Lunatic asylums Punjab 1881-1894 - 1881-1894
Year: 1881
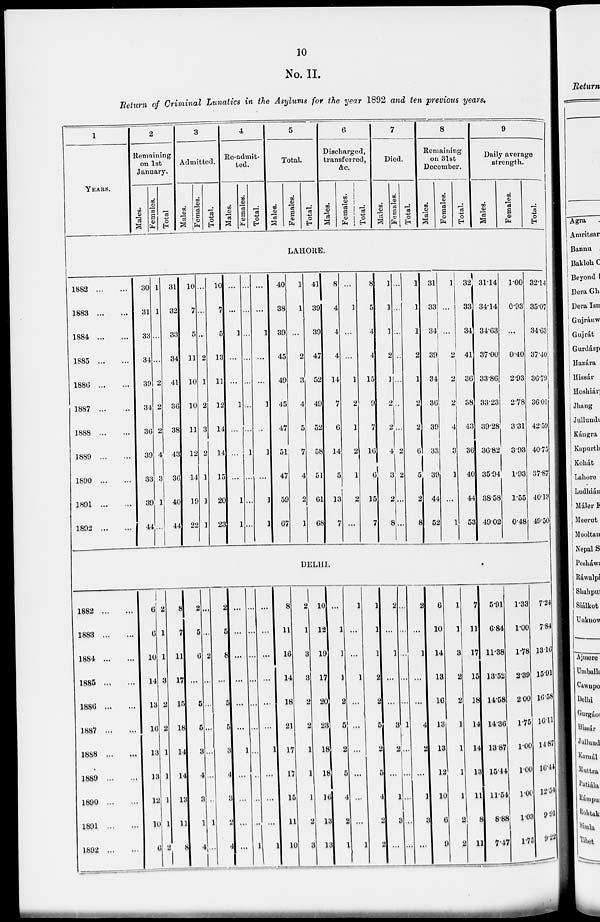
10
No. II.
Return of Criminal Lunatics in the Asylums for the year 1892 and ten previous years.
1
YEARS.
2
Remaining
on 1st
January.
Males.
Females.
Total.
3
Admitted.
Males.
Females.
Total.
4
Re-admit-
ted.
Males.
Females.
Total.
5
Total.
Males.
Females.
Total.
6
Discharged,
transferred,
&c.
Males.
Females.
Total.
7
Died.
Males.
Females.
Total.
8
Remaining
on 31st
December.
Males.
Females.
Total.
9
Daily average
strength.
Males.
Females.
Total.
LAHORE.
1882
...
...
1883
...
...
1884
...
...
1885
...
...
1886
...
...
1887
...
...
1888
...
...
1889
...
...
1890
...
...
1891
...
...
1892
...
...
30
31
33
34
39
34
36
39
33
39
44
1
1
...
...
2
2
2
4
3
1
...
31
32
33
34
41
36
38
43
36
40
44
10
7
5
11
10
10
11
12
14
19
22
...
...
...
2
1
2
3
2
1
1
1
10
7
5
13
11
12
14
14
15
20
23
...
...
1
...
...
1
...
...
...
1
1
...
...
...
...
...
...
...
1
...
...
...
...
...
1
...
...
1
...
1
...
1
1
40
38
39
45
49
45
47
51
47
59
67
1
1
...
2
3
4
5
7
4
2
1
41
39
39
47
52
49
52
58
51
61
68
8
4
4
4
14
7
6
14
5
13
7
...
1
...
...
1
2
1
2
1
2
...
8
5
4
4
15
9
7
16
6
15
7
1
1
1
2
1
2
2
4
3
2
8
...
...
...
...
...
...
...
2
2
...
...
1
1
1
2
1
2
2
6
5
2
8
31
33
34
39
34
36
39
33
39
44
52
1
...
...
2
2
2
4
3
1
...
1
32
33
34
41
36
38
43
36
40
44
53
31.14
34.14
34.63
37.00
33.86
33.23
39.28
36.82
35.94
38.58
49.02
1.00
0.93
...
0.40
2.93
2.78
3.31
3.93
1.93
1.55
0.48
32.14
35.07
34.63
37.40
36.79
36.01
42.59
40.75
37.87
40.13
49.50
DELHI.
1882
...
...
1883
...
...
1884
...
...
1885
...
...
1886
...
...
1887
...
...
1888
...
...
1889
...
...
1890
...
...
1891
...
...
1892
...
...
6
6
10
14
13
16
13
13
12
10
6
2
1
1
3
2
2
1
1
1
1
2
8
7
11
17
15
18
14
14
13
11
8
2
5
6
...
5
5
3
4
3
1
4
...
...
2
...
...
...
...
...
...
1
...
2
5
8
...
5
5
3
4
3
2
4
...
...
...
...
...
...
1
...
...
...
...
...
...
...
...
...
...
...
...
...
...
1
...
...
...
...
...
...
1
...
...
...
1
8
11
16
14
18
21
17
17
15
11
10
2
1
3
3
2
2
1
1
1
2
3
10
12
19
17
20
23
18
18
16
13
13
...
1
1
1
2
5
2
5
4
2
1
1
...
...
1
...
...
...
...
...
...
1
1
1
1
2
2
5
2
5
4
2
2
2
...
1
...
...
3
2
...
1
3
...
...
...
...
...
...
1
...
...
...
...
...
2
...
1
...
...
4
2
...
1
3
...
6
10
14
13
16
13
13
12
10
6
9
1
1
3
2
2
1
1
1
1
2
2
7
11
17
15
18
14
14
13
11
8
11
5.91
6.84
11.38
13.52
14.58
14.36
13.87
15.44
11.54
8.88
7.47
1.33
1.00
1.78
2.39
2.00
1.75
1.00
1.00
1.00
1.03
1.75
7.24
7.84
13.16
15.91
16.58
16.11
14.87
16.44
12.54
9.91
9.22